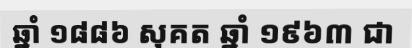
ឆ្នាំ ១៨៨៦ សុគត ឆ្នាំ ១៩៦៣ ជា